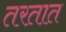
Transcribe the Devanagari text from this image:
तरतात